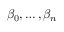
\beta _ { 0 } , \ldots , \beta _ { n }